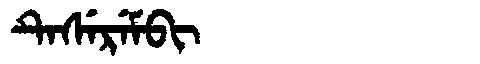
Manchu: ᡨᡝᠰᡝᡵᡝᠮᠪᡳ
Romanization: TESEREMBI